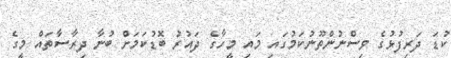
ކުޑަ ދަރިފުޅުގެ ވިސްނުންތޫނުކަމުގައި މައި މީހާގެ ދައުރު ބޮޑުކަމަށް ބުނާ ދިރާސާތައް މީގެ